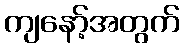
ကျနော့်အတွက်